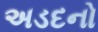
અડદનો